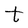
Character: t